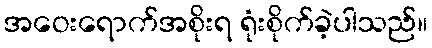
အဝေးရောက်အစိုးရ ရုံးစိုက်ခဲ့ပါသည်။